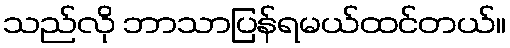
သည်လို ဘာသာပြန်ရမယ်ထင်တယ်။